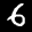
Label: 6